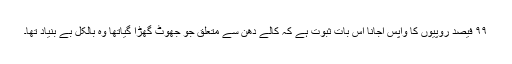
۹۹ فیصد روپیوں کا واپس آجانا اس بات ثبوت ہے کہ کالے دھن سے متعلق جو جھوٹ گھڑا گیاتھا وہ بالکل بے بنیاد تھا۔